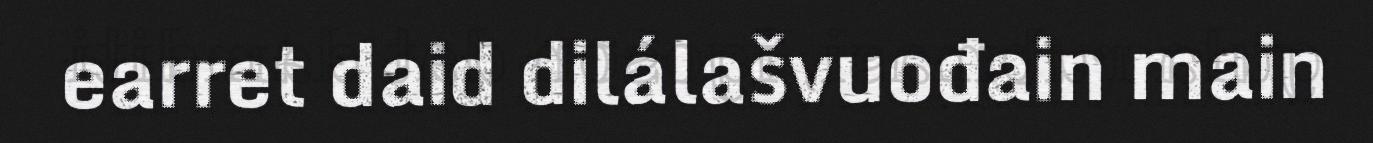
earret daid dilálašvuođain main